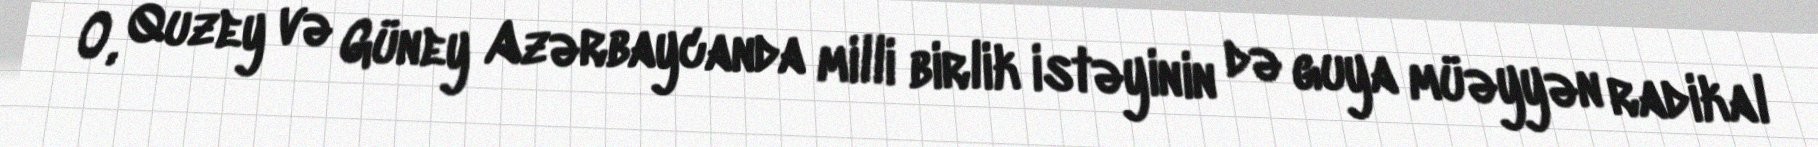
O, Quzey və Güney Azərbaycanda milli birlik istəyinin də guya müəyyən radikal